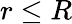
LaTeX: r\leq R